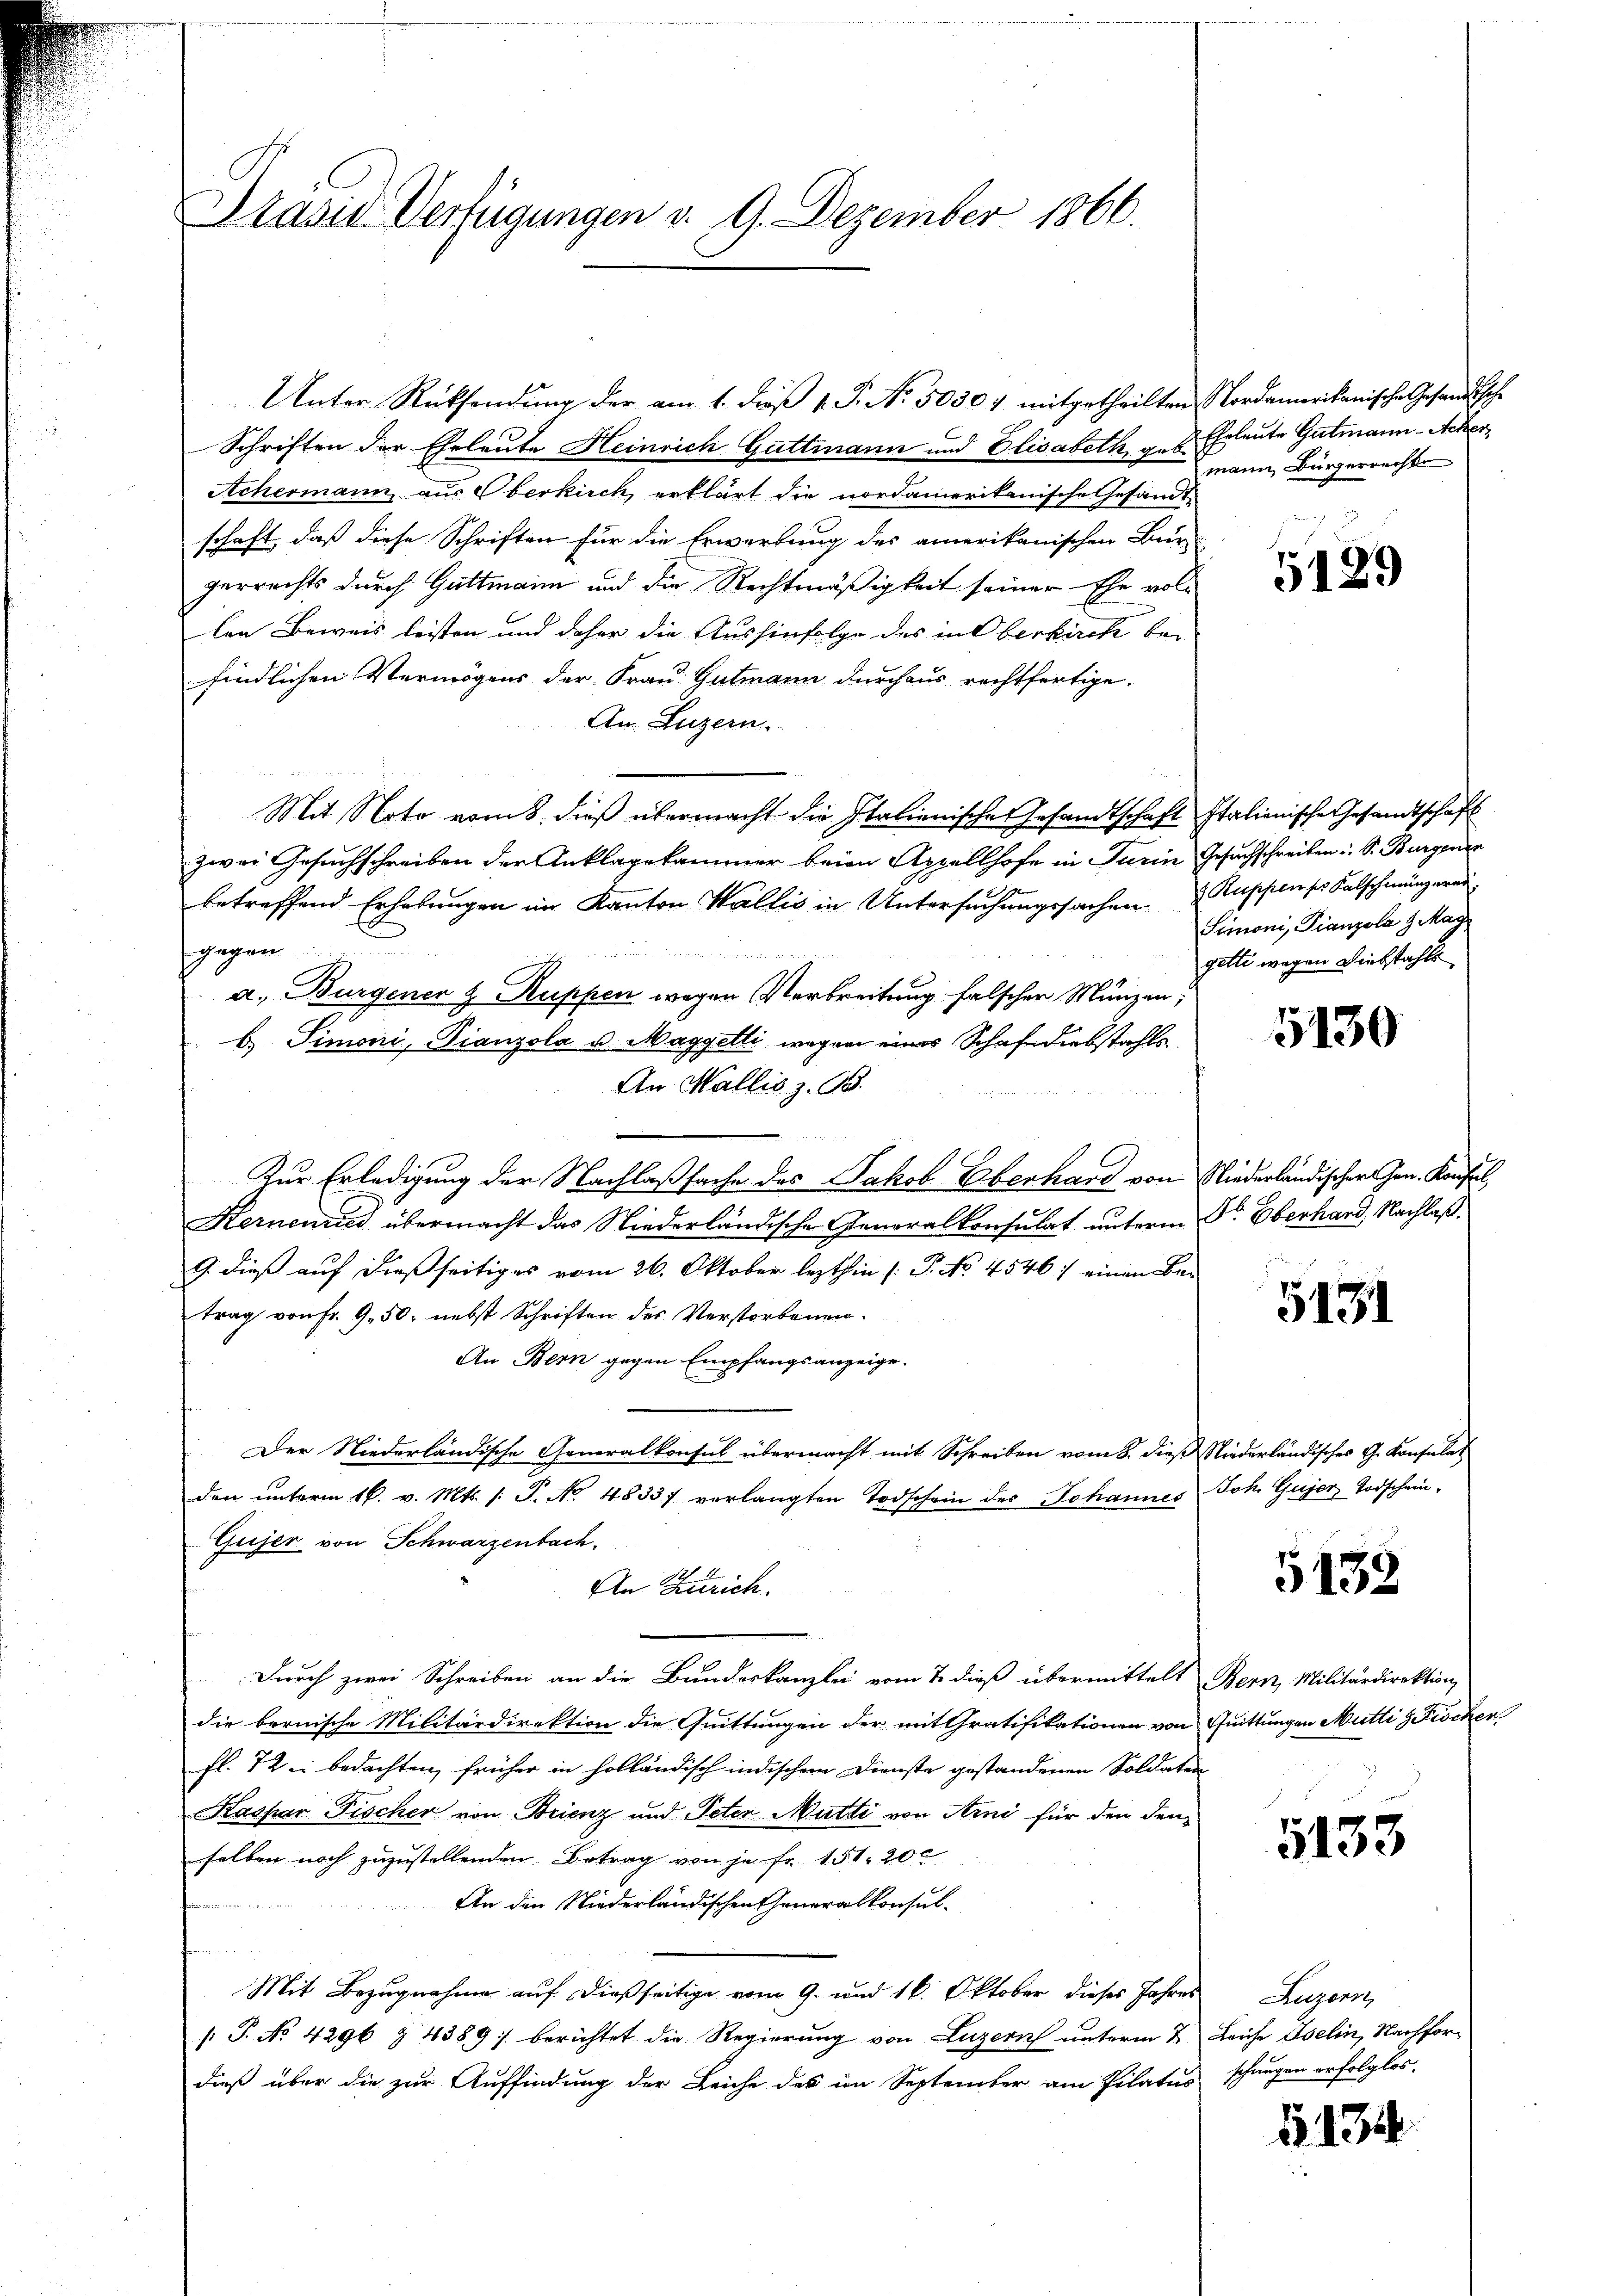
Präsid. Verfügungen v. 9. Dezember 1866.

Schriften der Eheleute Heinrich Guttmann und Elisabeth g. S. Eheleute Gutmann-Acker¬
Achermann aus Oberkirch erklärt die nordamerikanische Gesandt
schaft, daß diese Schriften für die Erwerbung des amerikanischen Bür-
gerrechts durch Gattmann und die Rechtmäßigkeit seiner Ehe vollen Beweis leisten und daher die Aushinfolge des in Oberkirche bei
findlichen Vermögens der Frau Gutmann durchaus rechtfertige.
An Luzern.
Mit Note vom 8. dieß übermacht die Italienische Gesandtschaft Italienische Gesandtschaft
zwei Gesuchschreiben der Anklagekammer beim Appellhofe in Turin Gesuchschreiben S. Burgenan
betreffend Erhebungen im Kanton Wallis in Untersuchungssachen & Ruppen so falschmünzerei
gegen
e
a. Burgener & Ruppen wegen Verbreitung falschen Münzen;
b.) Simoni, Pianzola u. Magyetli, wegen eines Schafe diebstahls¬
An Wallis z. B.
Zur Erledigung der Nachlaßsache des Jakob Eberhand von Niederländischer Gen. Konfel,
Hernenried übermacht das Niederländische Generalkonsulat unterm Dr. Oberhard, Nachlaß¬
G. dieß auf dießseitiges vom 26. Oktober lezthin (: P. No. 4546) einen Betrag von Fr. 9. 50. nebst Schriften des Verstorbenen.
An Bern gegen Empfangsanzeige.
Der Niederländische Generalkonsul übermacht mit Schreiben vom 8. dieß Niederländisches G. Konsulat
den ŭnterm 16. v. Mts. /: P. No. 48337 verlangten Todschein des Johannes Joh. Gujer Todschein-
Gujer von Schwarzenbach.
An Zutrich.
Durch zwei Schreiben an die Bundeskanzlei vom 7. dieß übermittelt Bern, Militärdirektion
die bernische Militärdirektion die Quittungen der mit Gratifikationen von Quittungen Mutti g Fischer
fl. 72 u. bedachten früher in holländisch indischem Dienste gestandenen Soldaten
Kaspar Fischer von Brienz und Peter Mutti von Arni für den den
selben noch zuzustellenden Betrag von je fr. 151. 20
An den Niederländischen Generalkonsul-

Mit Bezugnahme auf dießseitige vom 9. und 16. Oktober dieses Jahres
/: P. No 4296 § 4389 :/ berichtet die Regierung von Luzern unterm 2. Leiche Iselin, Nachfordieß über die zur Auffindung der Leiche des im September am Pilatus

Unter Rücksendung der am 1. dieß v. P. No. 50304 mitgetheilten Nordamerikanische Gesandtsche

mann Bürgerrecht

5129

Simoni, Pianzola 9. Mag
getti wegen Diebstahls

5130

5131

5132

5133

Luzern,
schungen erfolglos.

1. 134